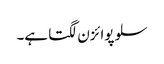
سلو پوائزن لگتا ہے۔